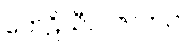
ကေဠိသီလဇာတက